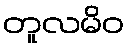
တူလမိဝ